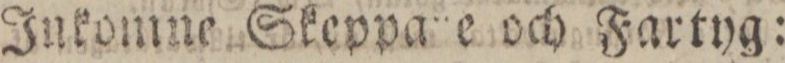
Inkomne Skeppare och Fartyg: